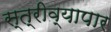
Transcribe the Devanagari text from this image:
स्त्रीव्यापार